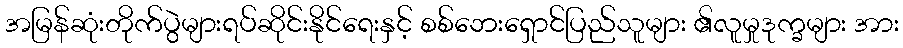
အမြန်ဆုံးတိုက်ပွဲများရပ်ဆိုင်းနိုင်ရေးနှင့် စစ်ဘေးရှောင်ပြည်သူများ ၏လူမှုဒုက္ခများ အား